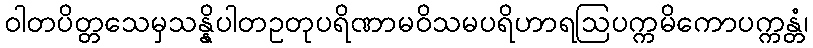
ဝါတပိတ္တသေမှသန္နိပါတဥတုပရိဏာမဝိသမပရိဟာရဩပက္ကမိကောပက္ကန္တံ၊